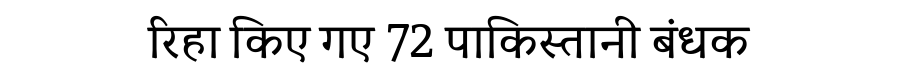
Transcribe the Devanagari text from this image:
रिहा किए गए 72 पाकिस्तानी बंधक